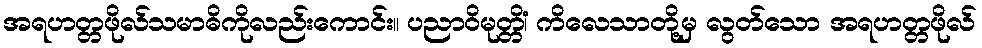
အရဟတ္တဖိုလ်သမာဓိကိုလည်းကောင်း။ ပညာဝိမုတ္တိံ၊ ကိလေသာတို့မှ လွတ်သော အရဟတ္တဖိုလ်